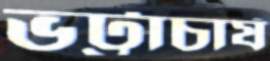
ভট্টাচার্য